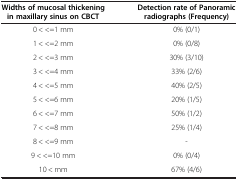
| Widths of mucosal thickening in maxillary sinus on CBCT | Detection rate of Panoramic radiographs (Frequency) |
 | --- | --- |
 | 0 < <=1 mm | 0% (0/1) |
 | 1 < <=2 mm | 0% (0/8) |
 | 2 < <=3 mm | 30% (3/10) |
 | 3 < <=4 mm | 33% (2/6) |
 | 4 < <=5 mm | 40% (2/5) |
 | 5 < <=6 mm | 20% (1/5) |
 | 6 < <=7 mm | 50% (1/2) |
 | 7 < <=8 mm | 25% (1/4) |
 | 8 < <=9 mm | - |
 | 9 < <=10 mm | 0% (0/4) |
 | 10 < mm | 67% (4/6) |